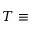
T \equiv